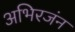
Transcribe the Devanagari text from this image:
अभिरजंन